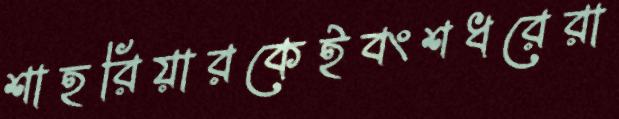
শাহরিয়ারকেইবংশধরেরা